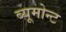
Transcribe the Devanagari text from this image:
ब्यूमोन्ट